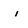
Character: i